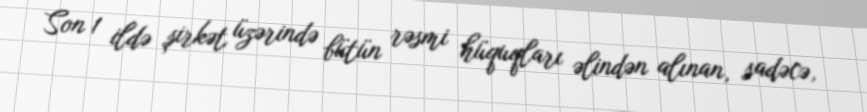
Son 1 ildə şirkət üzərində bütün rəsmi hüquqları əlindən alınan, sadəcə,